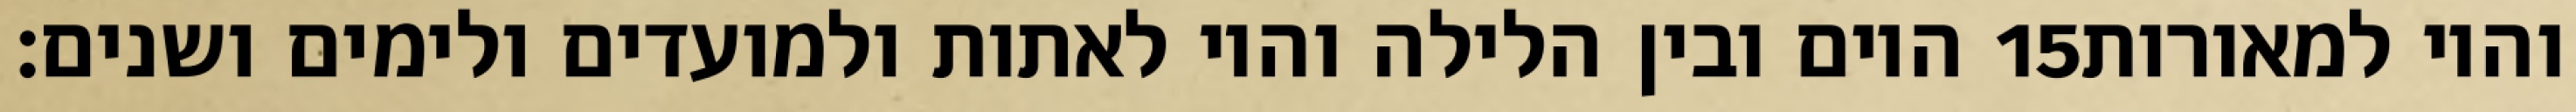
היום ובין הלילה והיו לאתות ולמועדים ולימים ושנים׃ ‎15‏ והיו למאורות